Annual administration and progress report of the Indian Medical Department, Bombay
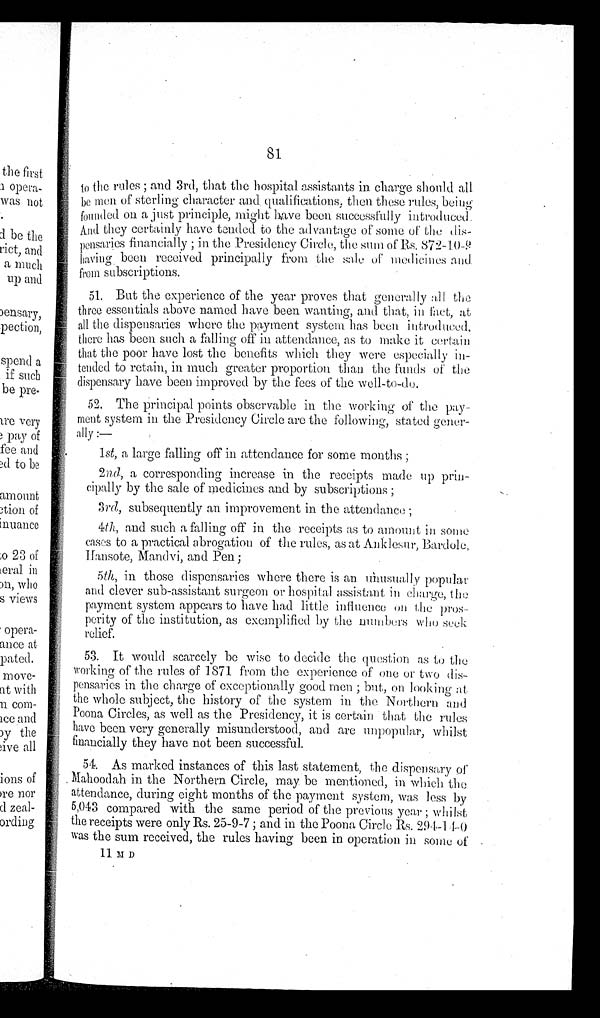
81
to the rules ; and 3rd, that the hospital assistants in charge should all
be men of sterling character and qualifications, then these rules, being
founded on a just principle, might have been successfully introduced.
And they certainly have tended to the advantage of some of the
pensaries financially ; in the Presidency Circle, the sum of Rs. 872-10-9
having been received principally from the sale of medicines and
from subscriptions.
51. But the experience of the year proves that generally all the
three essentials above named have been wanting, and that, in fact, at
all the dispensaries where the payment system has bee
n introduced,
there has been such a f a l l i n g o f f i n a t t e n d a n c e , a s t o m a k e i t c e r t a i n
that the poor have lost the benefits which they were especially i
n - t e n d e d t o r e t a i n , i n m u c h g r e a t e r p r o p o r t i o n t h a n t h e f u n d s o f t h e
dispensary have been improved by the fees of the well-to-do.
52. The principal points observable in the working of the pay
-meat system in the Presidency Circle are the following, stated gener
- a l l y : -
1st, a large falling off in attendance for some months ;
2 nd, a corresponding increase in the receipts made up prin
-cipally by the sale of medicines and by subscriptions ;
3rd, subsequently an improvement in the attendance ;
4th, and such a falling off in the receipts as to amount in some
cases to a practical abrogation of the rules, as at Anklesur, Bardole,
H a n s o t e , M a n d v i , a n d P e n ;
5th, in those dispensaries where there is an unusually popular
and clever sub-assistant surgeon or hospital assistant in charge, the
payment system appears to have had little influence on the pros-
perity of the institution, as exemplified by the numbers who seek
relief.
53. It would scarcely be wise to decide the question as to the
working of the rules of 1871 from the experience of one or two dis-
pensaries in the charge of exceptionally good men ; but, on looking at
the whole subject, the history of the system in the Northern and
Poona Circles, as well as the Presidency, it is certain that the rules
have been very generally misunderstood, and are unpopular, whilst
financially they have not been successful.
54. As marked instances of this last statement, the dispensary of
Mahoodah in the Northern Circle, may be mentioned, in which the
attendance, during eight months of the payment system, was less by
5,043 compared with the same period of the previous year ; whilst
the receipts were only Rs. 25-9-7 ; and in the Poona Circle Rs. 294-14-0
was the sum received, the rules having been in operation in some of
11 M D